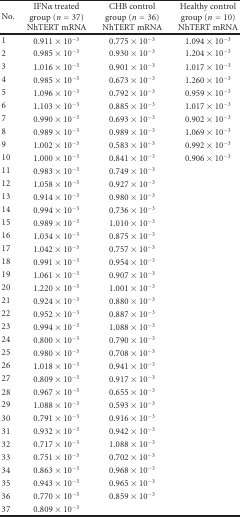
<table><thead><tr><td><b>No.</b></td><td><b>IFN<i>α</i> treated group (<i>n</i> = 37) NhTERT mRNA</b></td><td><b>CHB control group (<i>n</i> = 36) NhTERT mRNA</b></td><td><b>Healthy control group (<i>n</i> = 10) NhTERT mRNA</b></td></tr></thead><tbody><tr><td>1</td><td>0.911 × 10<sup>−3</sup></td><td>0.775 × 10<sup>−3</sup></td><td>1.094 × 10<sup>−3</sup></td></tr><tr><td>2</td><td>0.985 × 10<sup>−3</sup></td><td>0.930 × 10<sup>−3</sup></td><td>1.204 × 10<sup>−3</sup></td></tr><tr><td>3</td><td>1.016 × 10<sup>−3</sup></td><td>0.901 × 10<sup>−3</sup></td><td>1.017 × 10<sup>−3</sup></td></tr><tr><td>4</td><td>0.985 × 10<sup>−3</sup></td><td>0.673 × 10<sup>−3</sup></td><td>1.260 × 10<sup>−3</sup></td></tr><tr><td>5</td><td>1.096 × 10<sup>−3</sup></td><td>0.792 × 10<sup>−3</sup></td><td>0.959 × 10<sup>−3</sup></td></tr><tr><td>6</td><td>1.103 × 10<sup>−3</sup></td><td>0.885 × 10<sup>−3</sup></td><td>1.017 × 10<sup>−3</sup></td></tr><tr><td>7</td><td>0.990 × 10<sup>−3</sup></td><td>0.693 × 10<sup>−3</sup></td><td>0.902 × 10<sup>−3</sup></td></tr><tr><td>8</td><td>0.989 × 10<sup>−3</sup></td><td>0.989 × 10<sup>−3</sup></td><td>1.069 × 10<sup>−3</sup></td></tr><tr><td>9</td><td>1.002 × 10<sup>−3</sup></td><td>0.583 × 10<sup>−3</sup></td><td>0.992 × 10<sup>−3</sup></td></tr><tr><td>10</td><td>1.000 × 10<sup>−3</sup></td><td>0.841 × 10<sup>−3</sup></td><td>0.906 × 10<sup>−3</sup></td></tr><tr><td>11</td><td>0.983 × 10<sup>−3</sup></td><td>0.749 × 10<sup>−3</sup></td><td></td></tr><tr><td>12</td><td>1.058 × 10<sup>−3</sup></td><td>0.927 × 10<sup>−3</sup></td><td></td></tr><tr><td>13</td><td>0.914 × 10<sup>−3</sup></td><td>0.980 × 10<sup>−3</sup></td><td></td></tr><tr><td>14</td><td>0.994 × 10<sup>−3</sup></td><td>0.736 × 10<sup>−3</sup></td><td></td></tr><tr><td>15</td><td>0.989 × 10<sup>−3</sup></td><td>1.010 × 10<sup>−3</sup></td><td></td></tr><tr><td>16</td><td>1.034 × 10<sup>−3</sup></td><td>0.875 × 10<sup>−3</sup></td><td></td></tr><tr><td>17</td><td>1.042 × 10<sup>−3</sup></td><td>0.757 × 10<sup>−3</sup></td><td></td></tr><tr><td>18</td><td>0.991 × 10<sup>−3</sup></td><td>0.954 × 10<sup>−3</sup></td><td></td></tr><tr><td>19</td><td>1.061 × 10<sup>−3</sup></td><td>0.907 × 10<sup>−3</sup></td><td></td></tr><tr><td>20</td><td>1.220 × 10<sup>−3</sup></td><td>1.001 × 10<sup>−3</sup></td><td></td></tr><tr><td>21</td><td>0.924 × 10<sup>−3</sup></td><td>0.880 × 10<sup>−3</sup></td><td></td></tr><tr><td>22</td><td>0.952 × 10<sup>−3</sup></td><td>0.887 × 10<sup>−3</sup></td><td></td></tr><tr><td>23</td><td>0.994 × 10<sup>−3</sup></td><td>1.088 × 10<sup>−3</sup></td><td></td></tr><tr><td>24</td><td>0.800 × 10<sup>−3</sup></td><td>0.790 × 10<sup>−3</sup></td><td></td></tr><tr><td>25</td><td>0.980 × 10<sup>−3</sup></td><td>0.708 × 10<sup>−3</sup></td><td></td></tr><tr><td>26</td><td>1.018 × 10<sup>−3</sup></td><td>0.941 × 10<sup>−3</sup></td><td></td></tr><tr><td>27</td><td>0.809 × 10<sup>−3</sup></td><td>0.917 × 10<sup>−3</sup></td><td></td></tr><tr><td>28</td><td>0.967 × 10<sup>−3</sup></td><td>0.655 × 10<sup>−3</sup></td><td></td></tr><tr><td>29</td><td>1.088 × 10<sup>−3</sup></td><td>0.593 × 10<sup>−3</sup></td><td></td></tr><tr><td>30</td><td>0.791 × 10<sup>−3</sup></td><td>0.916 × 10<sup>−3</sup></td><td></td></tr><tr><td>31</td><td>0.932 × 10<sup>−3</sup></td><td>0.942 × 10<sup>−3</sup></td><td></td></tr><tr><td>32</td><td>0.717 × 10<sup>−3</sup></td><td>1.088 × 10<sup>−3</sup></td><td></td></tr><tr><td>33</td><td>0.751 × 10<sup>−3</sup></td><td>0.702 × 10<sup>−3</sup></td><td></td></tr><tr><td>34</td><td>0.863 × 10<sup>−3</sup></td><td>0.968 × 10<sup>−3</sup></td><td></td></tr><tr><td>35</td><td>0.943 × 10<sup>−3</sup></td><td>0.965 × 10<sup>−3</sup></td><td></td></tr><tr><td>36</td><td>0.770 × 10<sup>−3</sup></td><td>0.859 × 10<sup>−3</sup></td><td></td></tr><tr><td>37</td><td>0.809 × 10<sup>−3</sup></td><td></td><td></td></tr></tbody></table>